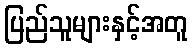
ပြည်သူများနှင့်အတူ